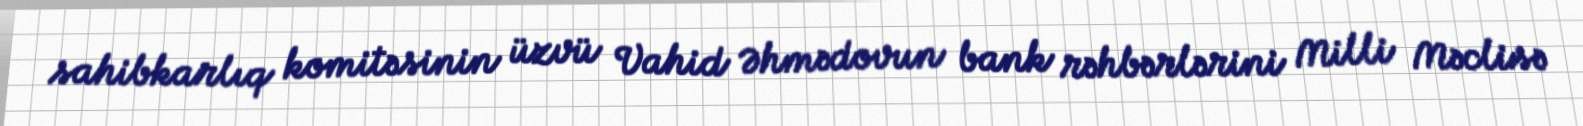
sahibkarlıq komitəsinin üzvü Vahid Əhmədovun bank rəhbərlərini Milli Məclisə